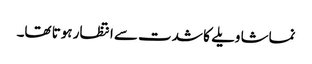
نماشا ویلے کا شدت سے انتظار ہوتا تھا۔